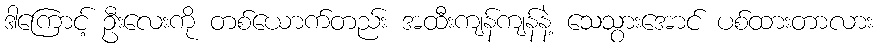
ဒါကြောင့် ဦးလေးကို တစ်ယောက်တည်း အထီးကျန်ကျန်နဲ့ သေသွားအောင် ပစ်ထားတာလား